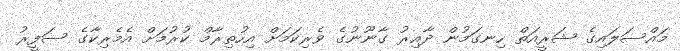
މައްސަލައިގެ ޝަރީއަތް ހިނގަމުން ދާއިރު ގާނޫނުގެ ވެރިކަމަށް އިހުތިރާމް ކުރުމަށް އެމެރިކާގެ ސަފީރު